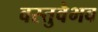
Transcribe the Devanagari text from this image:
वस्तुवैभव